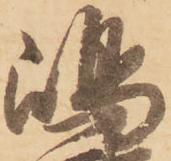
嶋